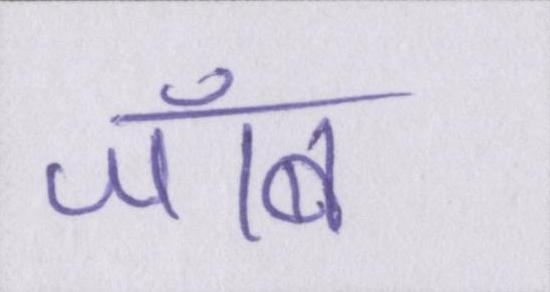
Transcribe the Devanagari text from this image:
जॉब